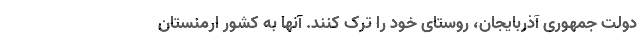
دولت جمهوری آذربایجان، روستای خود را ترک کنند. آنها به کشور ارمنستان